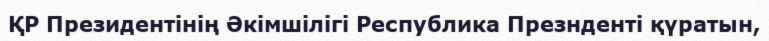
ҚР Президентінің Әкімшілігі Республика Презнденті қүратын,